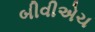
બીવીએચ